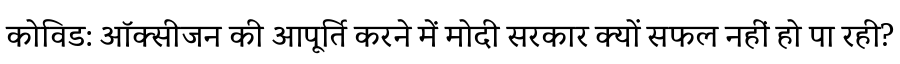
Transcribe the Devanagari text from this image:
कोविड: ऑक्सीजन की आपूर्ति करने में मोदी सरकार क्यों सफल नहीं हो पा रही?